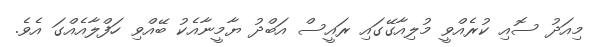
މިއަދު ސޮއި ކުރެއްވީ މުލިއާގޭގައި ރައީސް އަބްދު ޔާމީނާއެކު ބޭއްވި ހަފްލާއެއްގަ އެވެ.